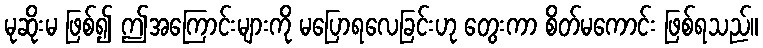
မုဆိုးမ ဖြစ်၍ ဤအကြောင်းများကို မပြောရလေခြင်းဟု တွေးကာ စိတ်မကောင်း ဖြစ်ရသည်။